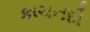
કાચનદી